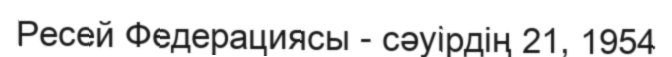
Ресей Федерациясы - сәуірдің 21, 1954